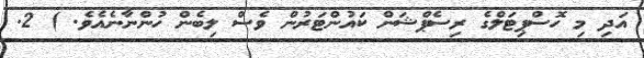
އަދި މި ހޮސްޕިޓަލްގެ ރިސެޕްޝަން ކައުންޓަރުން ވެސް ލިބެން ހުންނާނެއެވެ. ) 2.